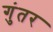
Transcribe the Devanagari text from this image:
गुंतर